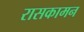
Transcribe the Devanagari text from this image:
रासकामन